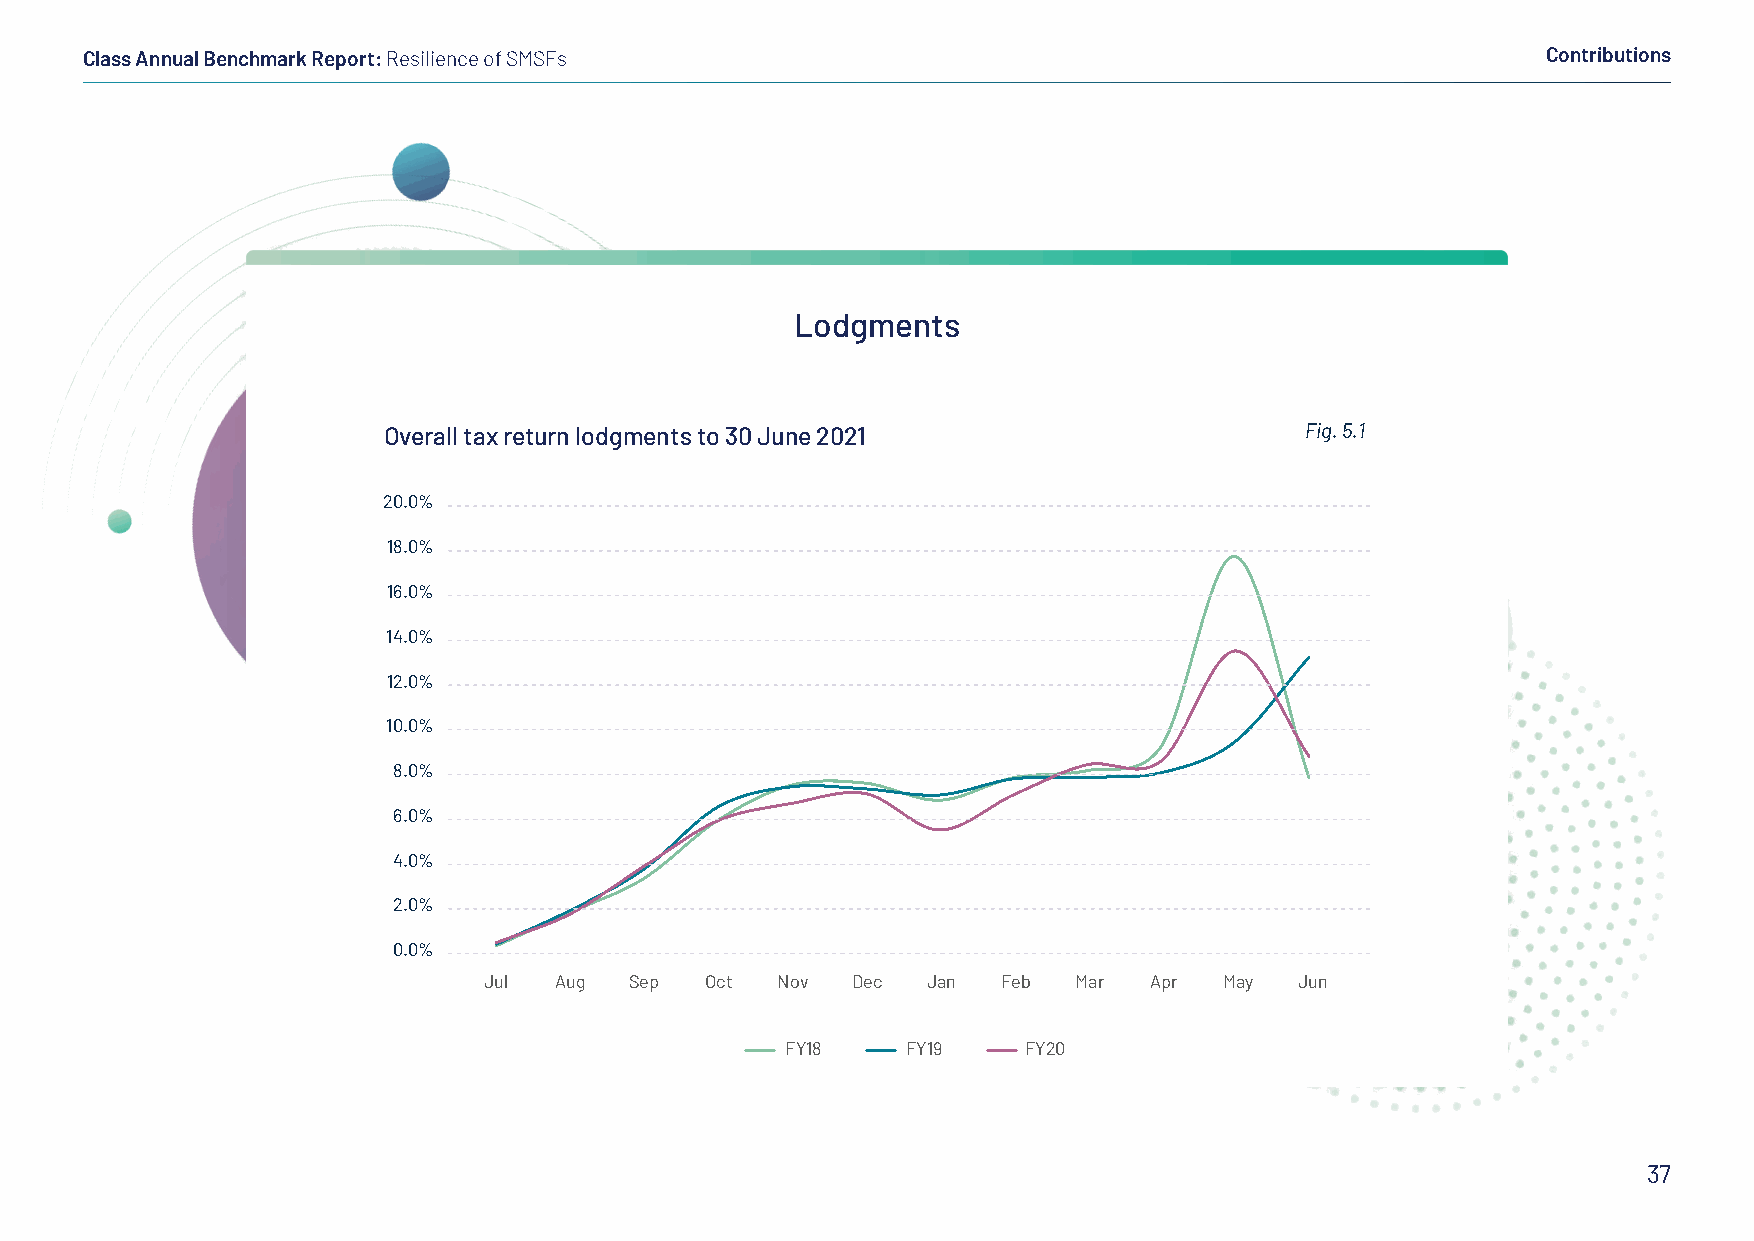
Class Annual Benchmark Report: Resilience of SMSFs                                               Contributions
 Lodgments
 Overall tax return lodgments to 30 June 2021                 Fig. 5.1
 20.0%
 18.0%
 16.0%
 14.0%
 12.0%
 10.0%
 8.0%
 6.0%
 4.0%
 2.0%
 0.0%
 Jul  Aug  Sep  Oct Nov  Dec  Jan  Feb  Mar  Apr  May  Jun
 FY18    FY19    FY20
 37